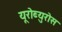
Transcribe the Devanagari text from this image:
यूरोब्युरोस